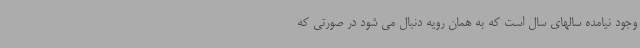
وجود نیامده سالهای سال است که به همان رویه دنبال می شود در صورتی که